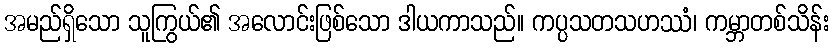
အမည်ရှိသော သူကြွယ်၏ အလောင်းဖြစ်သော ဒါယကာသည်။ ကပ္ပသတသဟဿံ၊ ကမ္ဘာတစ်သိန်း